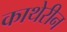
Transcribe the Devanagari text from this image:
काथेरीन